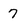
Character: 7